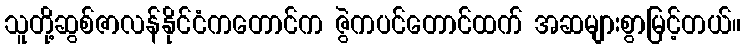
သူတို့ဆွစ်ဇာလန်နိုင်ငံကတောင်က ဇွဲကပင်တောင်ထက် အဆများစွာမြင့်တယ်။